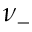
\nu _ { - }